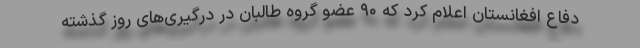
دفاع افغانستان اعلام کرد که ۹۰ عضو گروه طالبان در درگیری‌های روز گذشته